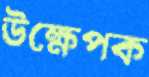
উক্ষেপক